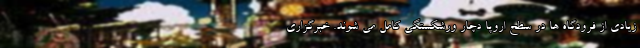
زیادی از فرودگاه ها در سطح اروپا دچار ورشکستگی کامل می شوند. خبرگزاری